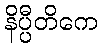
နိပ္ပီတိကေ